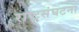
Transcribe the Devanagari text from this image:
राष्ट्रसंघटना